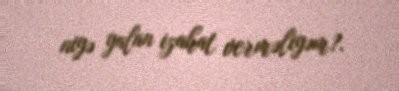
niyə yalan izahat verməliyəm?.